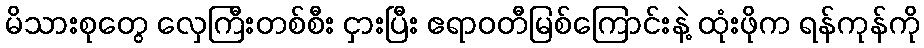
မိသားစုတွေ လှေကြီးတစ်စီး ငှားပြီး ဧရာဝတီမြစ်ကြောင်းနဲ့ ထုံးဖိုက ရန်ကုန်ကို